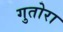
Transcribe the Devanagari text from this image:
गुतोरा